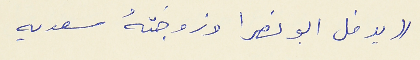
(( يدخل ابو نصرا وزوجتهُ سعديه